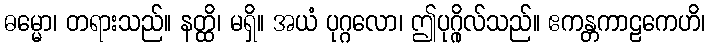
ဓမ္မော၊ တရားသည်။ နတ္ထိ၊ မရှိ။ အယံ ပုဂ္ဂလော၊ ဤပုဂ္ဂိုလ်သည်။ ဧကန္တကာဠကေဟိ၊